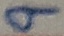
Text: 9